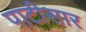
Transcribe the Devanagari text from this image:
पाटीसार